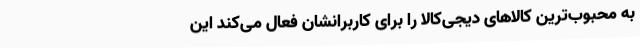
به محبوب‌ترین کالاهای دیجی‌کالا را برای کاربرانشان فعال می‌کند این